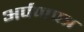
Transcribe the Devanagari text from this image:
अर्पणपत्र